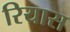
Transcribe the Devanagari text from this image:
रियास